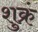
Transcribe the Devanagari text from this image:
शुक्रं